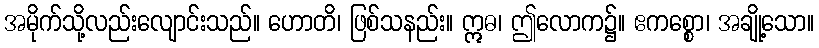
အမိုက်သို့လည်းလျောင်းသည်။ ဟောတိ၊ ဖြစ်သနည်း။ ဣဓ၊ ဤလောက၌။ ဧကစ္စော၊ အချို့သော။